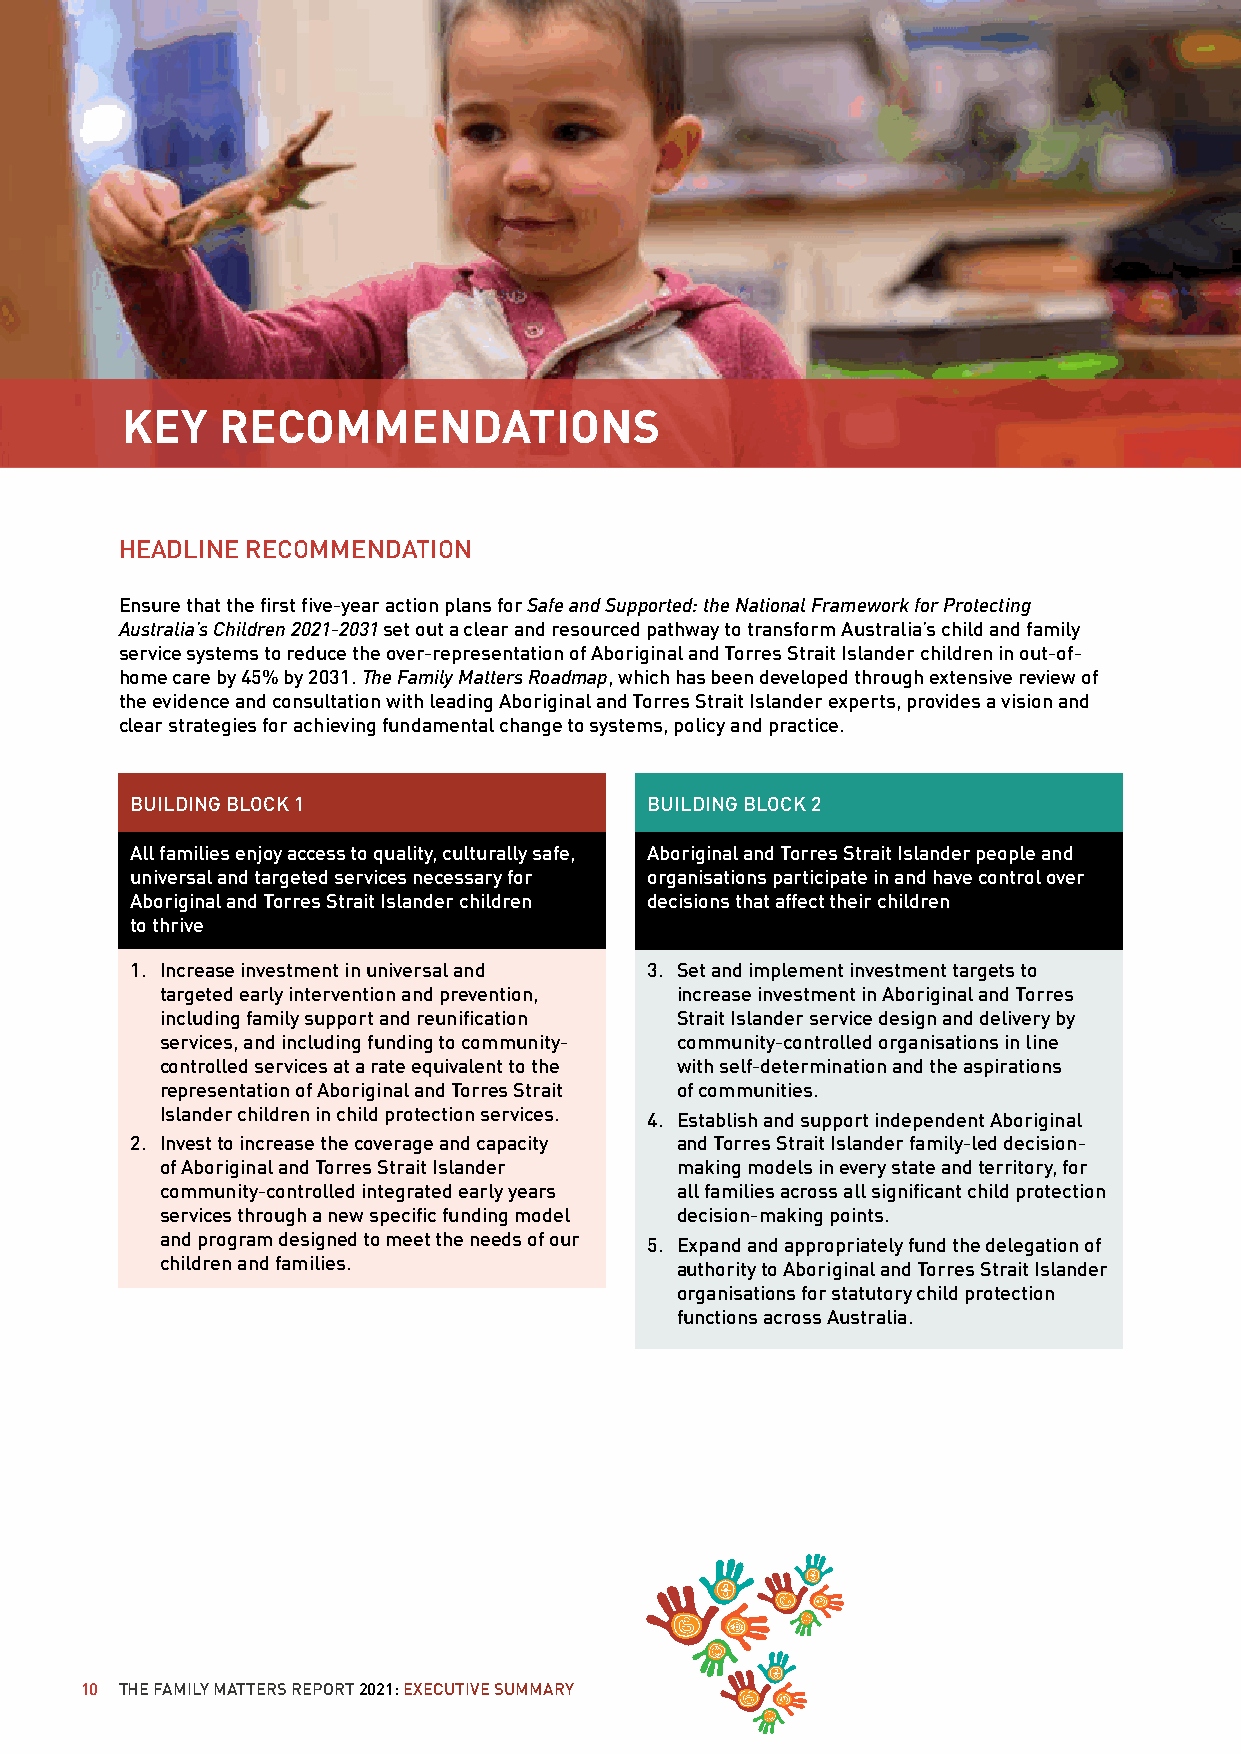
KEY   RECOMMENDATIONS
 HEADLINE RECOMMENDATION
 Ensure that the first five-year action plans for Safe and Supported: the National Framework for Protecting
 Australia’s Children 2021-2031 set out a clear and resourced pathway to transform Australia’s child and family
 service systems to reduce the over-representation of Aboriginal and Torres Strait Islander children in out-of-
 home care by 45% by 2031. The Family Matters Roadmap, which has been developed through extensive review of
 the evidence and consultation with leading Aboriginal and Torres Strait Islander experts, provides a vision and
 clear strategies for achieving fundamental change to systems, policy and practice.
 BUILDING BLOCK 1                  BUILDING BLOCK 2
 All families enjoy access to quality, culturally safe, Aboriginal and Torres Strait Islander people and
 universal and targeted services necessary for organisations participate in and have control over
 Aboriginal and Torres Strait Islander children decisions that affect their children
 to thrive
 1. Increase investment in universal and 3. Set and implement investment targets to
 targeted early intervention and prevention, increase investment in Aboriginal and Torres
 including family support and reunification Strait Islander service design and delivery by
 services, and including funding to community- community-controlled organisations in line
 controlled services at a rate equivalent to the with self-determination and the aspirations
 representation of Aboriginal and Torres Strait of communities.
 Islander children in child protection services. 4. Establish and support independent Aboriginal
 2. Invest to increase the coverage and capacity and Torres Strait Islander family-led decision-
 of Aboriginal and Torres Strait Islander making models in every state and territory, for
 community-controlled integrated early years all families across all significant child protection
 services through a new specific funding model decision-making points.
 and program designed to meet the needs of our 5. Expand and appropriately fund the delegation of
 children and families.            authority to Aboriginal and Torres Strait Islander
 organisations for statutory child protection
 functions across Australia.
 10 THE FAMILY MATTERS REPORT 2021: EXECUTIVE SUMMARY